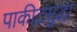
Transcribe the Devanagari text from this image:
पाकीटसुद्धा